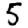
Digit: 5